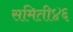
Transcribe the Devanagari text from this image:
समिती४६